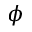
\phi